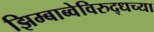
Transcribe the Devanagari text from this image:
झिम्बाब्वेविरुद्धच्या